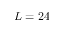
L = 2 4